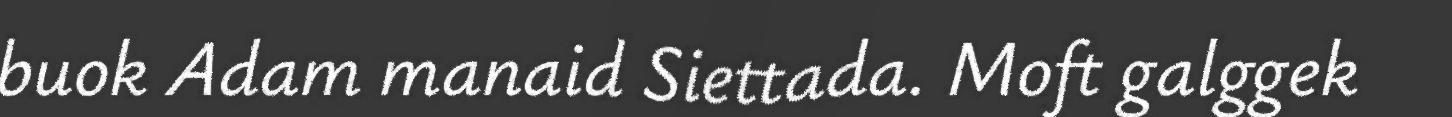
buok Adam manaid Siettada. Moft galggek